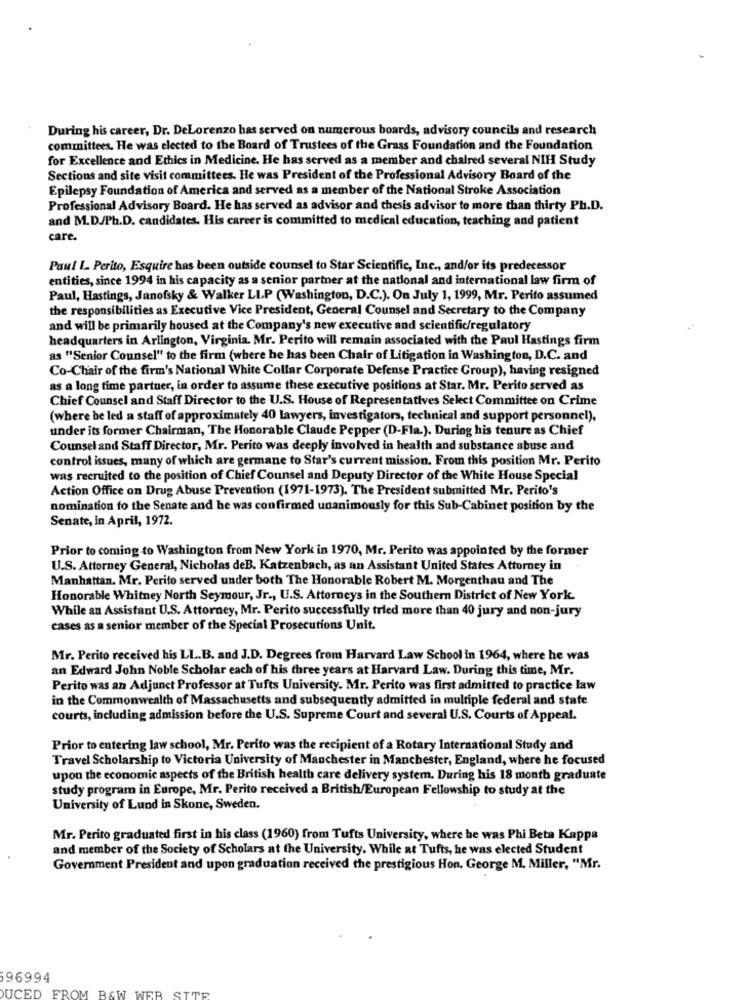
During his career, Dr. DeLorenzo has served on numerous boards, advisory councils and research
committees. He was elected to the Board of Trustees of the Grass Foundation and the Foundation
for Excellence and Ethics in Medicine. He has served as a member and chalred several NIH Study
Sections and site visit committees. He was President of the Professional Advisory Board of the
Epilepsy Foundation of America and served as a member of the National Stroke Association
Professional Advisory Board. He has served as advisor and thesis advisor to more than thirty Ph.D.
and M.D.Ph.D. candidates. His career is committed to medical education, teaching and patient
care.
Paul I. Perito, Esquire has been outside counsel to Star Scientific, Inc ., and/or its predecessor
entities, since 1994 in his capacity as a senior partner at the national and international law firm of
Paul, Hastings, Janofsky & Walker LIP (Washington, D.C.). On July 1, 1999, Mr. Perito assumed
the responsibilities as Executive Vice President, General Counsel and Secretary to the Company
and will be primarily housed at the Company's new executive and scientific/regulatory
headquarters in Arlington, Virginia. Mr. Perito will remain associated with the Paul Hastings firm
as "Senior Counsel" to the firm (where he has been Chair of Litigation in Washington, D.C. and
Co-Chair of the firm's National White Collar Corporate Defense Practice Group), having resigned
as a long time partuer, in order to assume these executive positions at Star. Mr. Perito served as
Chief Counsel and Staff Director to the U.S. House of Representatives Select Committee on Crime
(where he led a staff of approximately 40 lawyers, investigators, technical and support personnel),
under its former Chairman, The Honorable Claude Pepper (D-Fla.). During his tenure as Chief
Counsel and Staff Director, Mr. Perito was deeply involved in health and substance abuse and
control issues, many of which are germane to Star's current mission, From this position Mr. Perito
was recruited to the position of Chief Counsel and Deputy Director of the White House Special
Action Office on Drug Abuse Prevention (1971-1973). The President submitted Mr. Perito's
nomination to the Senate and he was confirmed unanimously for this Sub-Cabinet position by the
Senate, in April, 1972.
Prior to coming to Washington from New York in 1970, Mr. Perito was appointed by the former
U.S. Attorney General, Nicholas deB. Katzenbach, as an Assistant United States Attorney in
Manhattan. Mr. Perito served under both The Honorable Robert M. Morgenthau and The
Honorable Whitney North Seymour, Jr ., U.S. Attorneys in the Southern District of New York.
While an Assistant U.S. Attorney, Mr. Perito successfully tried more than 40 jury and non-jury
cases as a senior member of the Special Prosecutions Unit.
Mr. Perito received his LL.B. and J.D. Degrees from Harvard Law School in 1964, where he was
an Edward John Noble Scholar each of his three years at Harvard Law. During this time, Mr.
Perito was an Adjunct Professor at Tufts University. Mr. Perito was first admitted to practice law
in the Commonwealth of Massachusetts and subsequently admitted in multiple federal and state
courts, including admission before the U.S. Supreme Court and several U.S. Courts of Appeal.
Prior to entering law school, Mr. Perito was the recipient of a Rotary International Study and
Travel Scholarship to Victoria University of Manchester in Manchester, England, where he focused
upon the economic aspects of the British health care delivery system. During his 18 month graduate
study program in Europe, Mr. Perito received a British/European Fellowship to study at the
University of Lund in Skone, Sweden.
Mr. Perito graduated first in his class (1960) from Tufts University, where he was Phi Beta Kappa
and member of the Society of Scholars at the University. While at Tufts, he was elected Student
Government President and upon graduation received the prestigious Hon. George M. Miller, "Mr.
96994
WER
UCED FROM B&W W